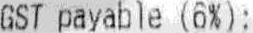
GST PAYABLE (6%):